Report on sanitation, dispensaries, and jails in Rajputana for 1911, and on vaccination for the year 1911-1912 - 1911-1912
Year: 1911
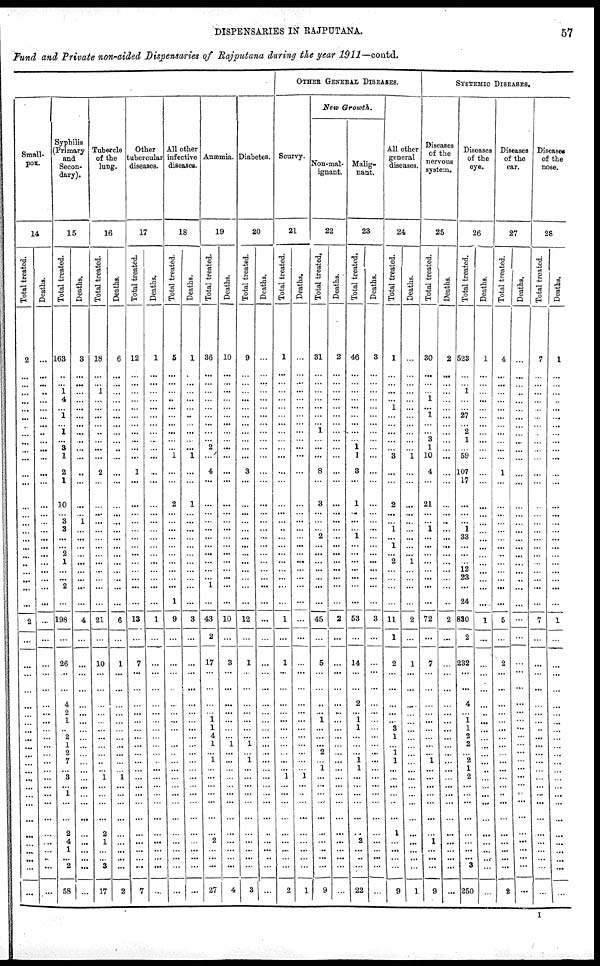
DISPENSARIES IN RAJPUTANA.
57
Fund and Private non-aided Dispensaries of Rajputana during the year 1911—contd.
Small-
pox.
14
Total treated.
2
...
...
...
...
...
...
...
...
...
...
...
...
...
...
...
...
...
...
...
...
...
...
...
...
...
2
...
...
...
...
...
...
...
...
...
...
...
...
...
...
... ...
...
...
...
...
...
...
...
...
Deaths.
...
...
...
...
...
...
...
...
...
...
...
...
...
...
...
...
...
...
...
...
...
...
...
...
...
...
...
...
...
...
...
...
...
...
...
...
...
...
...
...
...
... ...
...
...
...
...
...
...
...
...
Syphilis
(Primary
and
Secon-
dary).
15
Total treated.
163
...
...
1
4
...
1
... 1
...
3
1
2
1
10
...
3
3
...
...
2
1
...
...
2
...
198
...
26
...
...
4
2
1
...
2
1
2
7
...
3
... 1
...
...
2
4
1
...
2
58
Deaths.
3
...
...
...
...
...
...
...
...
...
...
...
...
...
...
...
1
...
...
...
...
...
...
...
...
...
4
...
...
...
...
...
...
...
...
...
...
...
...
...
...
...
...
...
...
...
...
...
...
...
...
Tubercle
of the
lung.
16
Total treated.
18
...
...
1
...
...
...
...
...
...
...
...
2
...
...
...
...
...
...
...
...
...
...
...
...
...
21
...
10
...
...
...
...
...
...
...
...
...
...
...
1
... ...
...
...
2
1
...
... 3
17
Deaths.
6
...
...
...
...
...
...
...
...
...
...
...
...
...
...
...
...
...
...
...
...
...
...
...
...
...
6
...
1
...
...
...
...
...
...
...
...
...
...
...
1
... ...
...
...
...
...
...
...
...
2
Other
tubercular
diseases.
17
Total treated.
12
...
...
...
...
...
...
...
...
...
...
...
1
...
...
...
...
...
...
...
...
...
...
...
...
...
13
...
7
...
...
...
...
...
...
...
...
...
...
...
...
...
...
...
...
...
...
...
...
...
7
Deaths.
1
...
...
...
...
...
...
...
...
...
...
...
...
...
...
...
...
...
...
...
...
...
...
...
...
...
1
...
...
...
...
...
...
...
...
...
...
...
...
...
...
... ...
...
...
...
...
...
...
...
...
All other
infective
diseases.
18
Total treated.
5
...
...
...
...
...
...
...
...
...
1
...
...
2
...
...
...
...
...
...
...
...
...
...
1
9
...
...
...
...
...
...
...
...
...
...
...
...
...
...
... ...
...
...
...
...
...
...
...
...
Deaths.
1
...
...
...
...
...
...
...
...
...
1
...
...
1
...
...
...
...
...
...
...
...
...
...
...
3
...
...
...
...
...
...
...
...
...
...
...
...
...
...
... ...
...
...
...
...
...
...
...
...
Anæmia.
19
Total treated.
36
...
...
...
...
...
...
...
...
...
2
...
4
...
...
...
...
...
...
...
...
...
...
... 1
...
43
2
17
...
...
...
...
1 1
4
1
...
1
...
...
... ...
...
...
...
2
...
...
...
27
Deaths.
10
...
...
...
...
...
...
...
...
...
...
...
...
...
...
...
...
...
...
...
...
...
...
...
...
...
10
...
3
...
...
...
...
...
...
...
1
...
...
...
...
... ...
...
...
...
...
...
...
...
4
Diabetes.
20
Total treated.
9
...
...
...
...
...
...
...
...
...
...
...
3
...
...
...
...
...
...
...
...
...
...
...
...
...
12
...
1
...
...
...
...
...
...
...
1
...
1
...
...
...
...
...
...
...
...
...
...
...
3
Deaths.
...
...
...
...
...
...
...
...
...
...
...
...
...
...
...
...
...
...
...
...
...
...
...
...
...
...
...
...
...
...
...
...
...
...
...
...
...
...
...
...
...
... ...
...
...
...
...
...
...
...
...
OTHER GENERAL DISEASES.
Scurvy.
21
Total treated.
1
...
...
...
...
...
...
...
...
...
...
...
...
...
...
...
...
...
...
...
...
...
...
...
...
...
1
...
1
...
...
...
...
...
...
...
...
...
...
...
1
... ...
...
...
...
...
...
...
...
2
Deaths.
...
...
...
...
...
...
...
...
...
...
...
...
...
...
...
...
...
...
...
...
...
...
...
...
...
...
...
...
...
...
...
...
...
...
...
...
...
...
...
...
1
... ...
...
...
...
...
...
...
...
1
New Growth.
Non-mal-
ignant.
22
Total treated.
31
...
...
...
...
...
...
... 1
...
...
...
8
...
3
...
...
...
2
...
...
...
...
...
...
...
45
...
5
...
...
...
...
1
...
...
...
2
...
1
...
...
...
...
...
...
...
...
...
...
9
Deaths.
2
...
...
...
...
...
...
...
...
...
...
...
...
...
...
...
...
...
...
...
...
...
...
...
...
...
2
...
...
...
...
...
...
...
...
...
...
...
...
...
...
... ...
...
...
...
...
...
...
...
...
Malig-
nant.
23
Total treated.
46
...
...
...
...
...
...
...
...
...
1 1
3
...
1
...
...
...
1
...
...
...
...
...
...
...
53
...
14
...
...
2
...
1
1
...
...
...
1 1
...
... ...
...
...
...
2
...
...
...
22
Deaths.
3
...
...
...
...
...
...
...
...
...
...
...
...
...
...
...
...
...
...
...
...
...
...
...
...
...
3
...
...
...
...
...
...
...
...
...
...
...
...
...
...
...
...
...
...
...
...
...
...
...
...
All other
general
diseases.
24
Total treated.
1
...
...
...
...
1
...
...
...
...
...
3
...
...
2
...
...
1
...
1
... 2
...
...
...
...
11
1
2
...
...
...
...
...
3
1
...
1
1
...
...
...
...
...
...
1
...
...
...
...
9
Deaths.
...
...
...
...
...
...
...
...
...
...
...
1
...
...
...
...
...
...
...
...
... 1
...
...
...
...
2
...
1
...
...
...
...
...
...
...
...
...
...
...
...
... ...
...
...
...
...
...
...
...
1
SYSTEMIC DISEASES.
Diseases
of the
nervous
system.
25
Total treated.
30
...
...
...
1
...
1
...
...
3
1
10
4
...
21
...
...
1
...
...
...
...
...
...
...
...
72
...
7
...
...
...
...
...
...
...
...
...
1
...
...
...
...
...
...
...
1
...
...
...
9
Deaths.
2
...
...
...
...
...
...
...
...
...
...
...
...
...
...
...
...
...
...
...
...
...
...
...
...
...
2
...
...
...
...
...
...
...
...
...
...
...
...
...
...
... ...
...
...
...
...
...
...
...
...
Diseases
of the
eye.
26
Total treated.
523
...
...
1
...
...
27
... 2
1
...
59
107
17
...
...
...
1
33
...
...
...
12
23
...
24
830
2
232
...
...
4
...
1 1
2
2
...
2
1
2
... ...
...
...
...
...
...
...
3
250
Deaths.
1
...
...
...
...
...
...
...
...
...
...
...
...
...
...
...
...
...
...
...
...
...
...
...
...
...
1
...
...
...
...
...
...
...
...
...
...
...
...
...
...
... ...
...
...
...
...
...
...
...
...
Diseases
of the
ear.
27
Total treated.
4
...
...
...
...
...
...
...
...
...
...
...
1
...
...
...
...
...
...
...
...
...
...
...
...
...
5
...
2
...
...
...
...
...
...
...
...
...
...
...
...
... ...
...
...
...
...
...
...
...
2
Deaths.
...
...
...
...
...
...
...
...
...
...
...
...
...
...
...
...
...
...
...
...
...
...
...
...
...
...
...
...
...
...
...
...
...
...
...
...
...
...
...
...
...
... ...
...
...
...
...
...
...
...
...
Diseases
of the
nose.
28
Total treated.
7
...
...
...
...
...
...
...
...
...
...
...
...
...
...
...
...
...
...
...
...
...
...
...
...
...
7
...
...
...
...
...
...
...
...
...
...
...
...
...
...
... ...
...
...
...
...
...
...
...
...
Deaths.
1
...
...
...
...
...
...
...
...
...
...
...
...
...
...
...
...
...
...
...
...
...
...
...
...
...
1
...
...
...
...
...
...
...
...
...
...
...
...
...
...
... ...
...
...
...
...
...
...
...
...
I